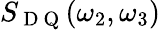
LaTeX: S_{\mathrm{~D~Q~}}(\omega_{2},\omega_{3})